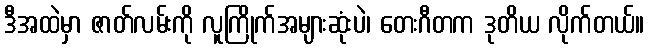
ဒီအထဲမှာ ဇာတ်လမ်းကို လူကြိုက်အများဆုံးပဲ၊ တေးဂီတက ဒုတိယ လိုက်တယ်။